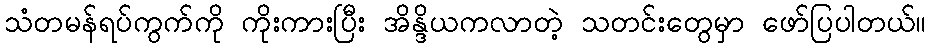
သံတမန်ရပ်ကွက်ကို ကိုးကားပြီး အိန္ဒိယကလာတဲ့ သတင်းတွေမှာ ဖော်ပြပါတယ်။